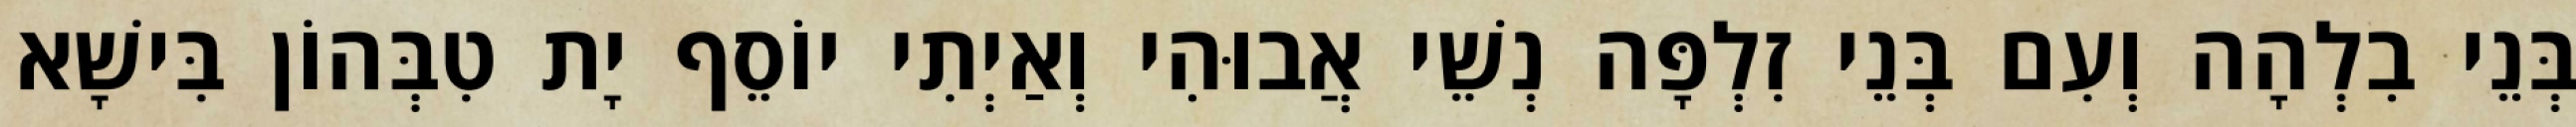
בְּנֵי בִלְהָה וְעִם בְּנֵי זִלְפָּה נְשֵׁי אֲבוּהִי וְאַיְתִי יוֹסֵף יָת טִבְּהוֹן בִּישָׁא